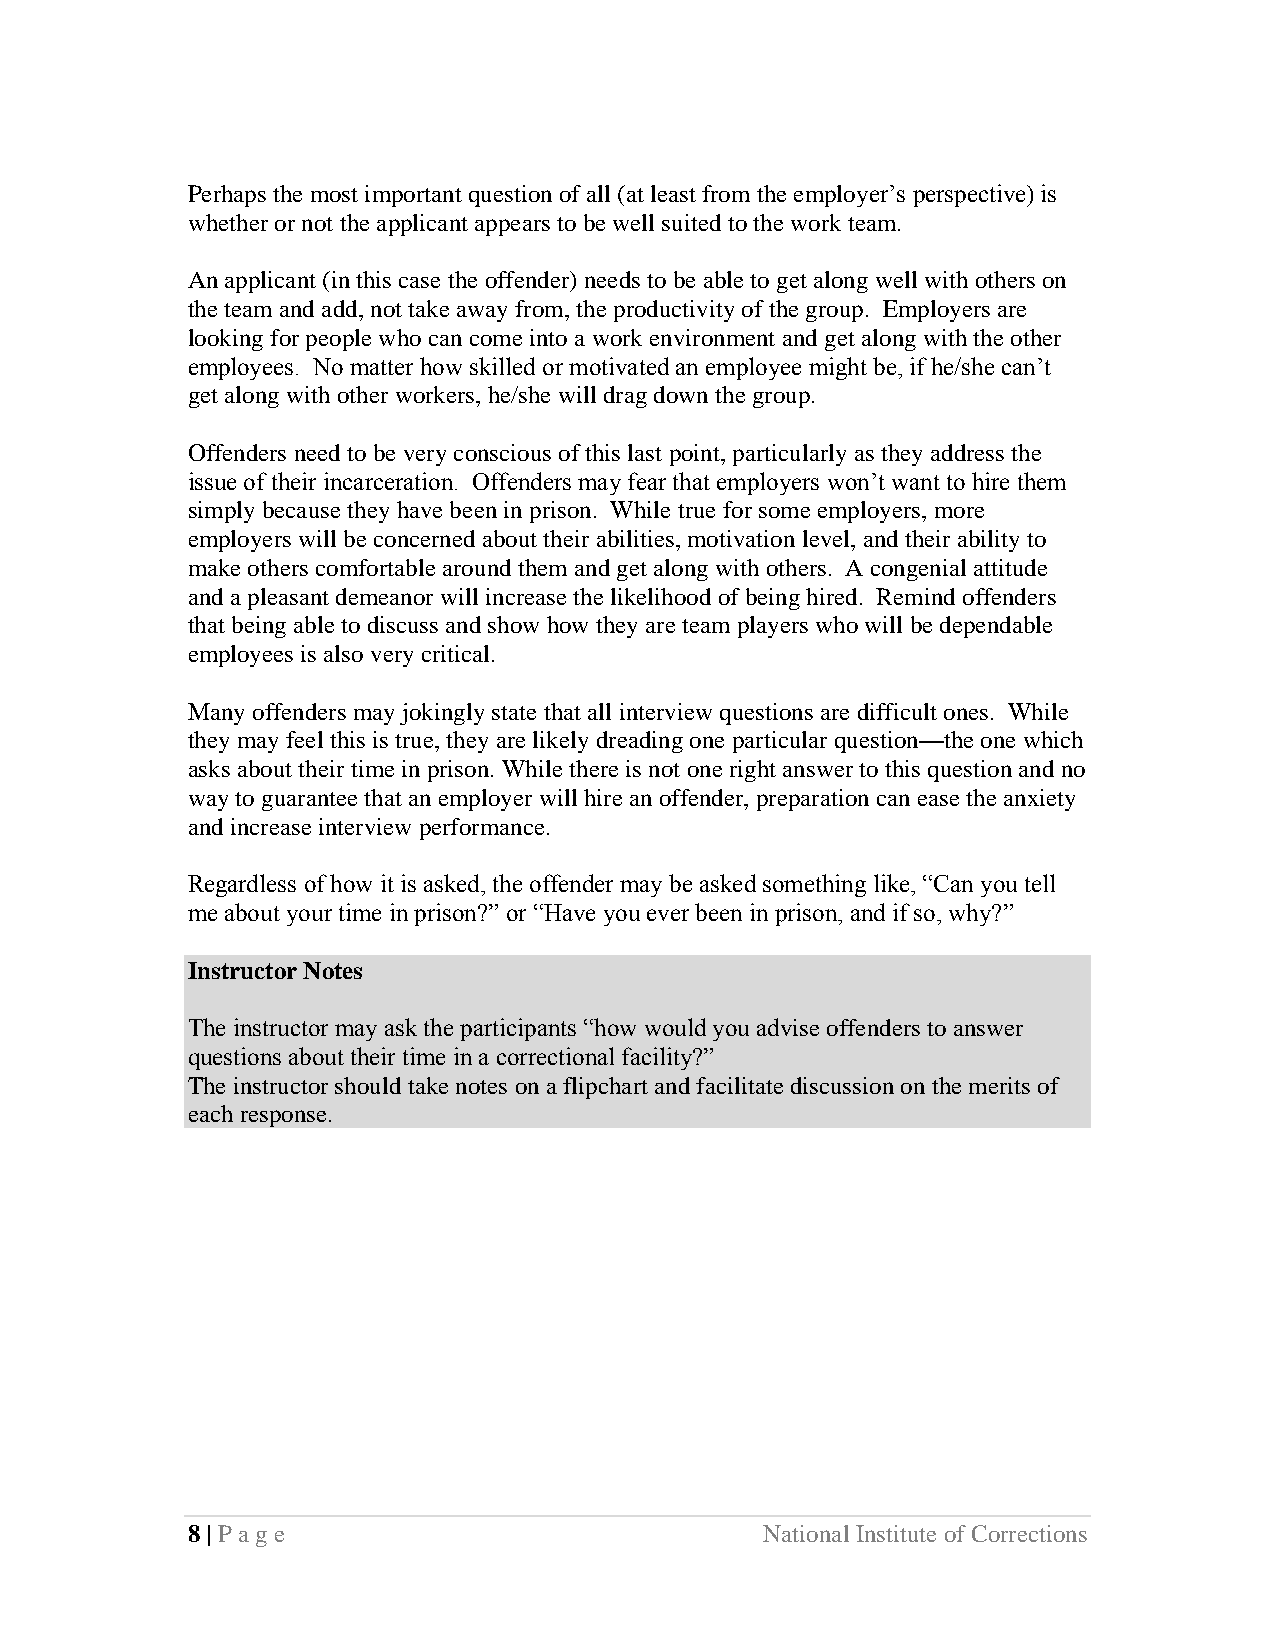
Perhaps the most important question of all (at least from the employer’s perspective) is
 whether or not the applicant appears to be well suited to the work team.
 An applicant (in this case the offender) needs to be able to get along well with others on
 the team and add, not take away from, the productivity of the group. Employers are
 looking for people who can come into a work environment and get along with the other
 employees. No matter how skilled or motivated an employee might be, if he/she can’t
 get along with other workers, he/she will drag down the group.
 Offenders need to be very conscious of this last point, particularly as they address the
 issue of their incarceration. Offenders may fear that employers won’t want to hire them
 simply because they have been in prison. While true for some employers, more
 employers will be concerned about their abilities, motivation level, and their ability to
 make others comfortable around them and get along with others. A congenial attitude
 and a pleasant demeanor will increase the likelihood of being hired. Remind offenders
 that being able to discuss and show how they are team players who will be dependable
 employees is also very critical.
 Many offenders may jokingly state that all interview questions are difficult ones. While
 they may feel this is true, they are likely dreading one particular question—the one which
 asks about their time in prison. While there is not one right answer to this question and no
 way to guarantee that an employer will hire an offender, preparation can ease the anxiety
 and increase interview performance.
 Regardless of how it is asked, the offender may be asked something like, “Can you tell
 me about your time in prison?” or “Have you ever been in prison, and if so, why?”
 Instructor Notes
 The instructor may ask the participants “how would you advise offenders to answer
 questions about their time in a correctional facility?”
 The instructor should take notes on a flipchart and facilitate discussion on the merits of
 each response.
 8 | Page                               National Institute of Corrections